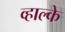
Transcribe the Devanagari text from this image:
व्हाल्के